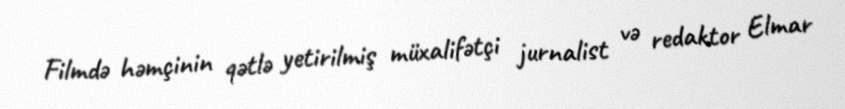
Filmdə həmçinin qətlə yetirilmiş müxalifətçi jurnalist və redaktor Elmar